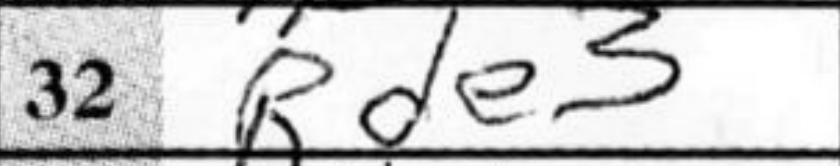
Transcription: Rde3